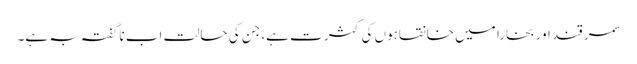
سمر قند اور بخارا میں خانقاہوں کی کثر ت ہے، جن کی حالت اب ناگفتہ بہ ہے۔